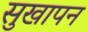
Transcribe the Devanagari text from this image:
सुखापन